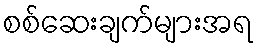
စစ်ဆေးချက်များအရ